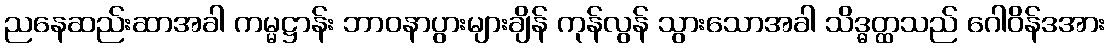
ညနေဆည်းဆာအခါ ကမ္မဋ္ဌာန်း ဘာဝနာပွားများချိန် ကုန်လွန် သွားသောအခါ သိဒ္ဓတ္ထသည် ဂေါဝိန်ဒအား